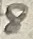
Text: 8